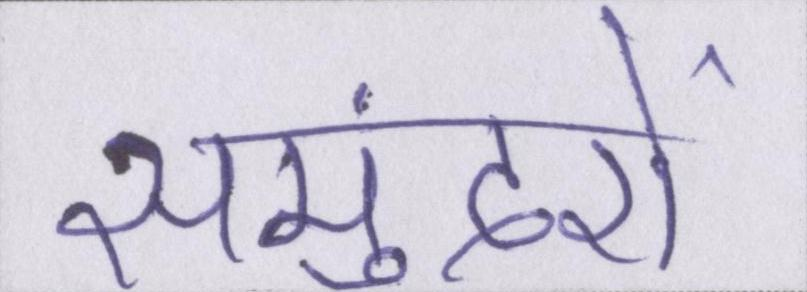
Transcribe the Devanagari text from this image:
समुंदरों